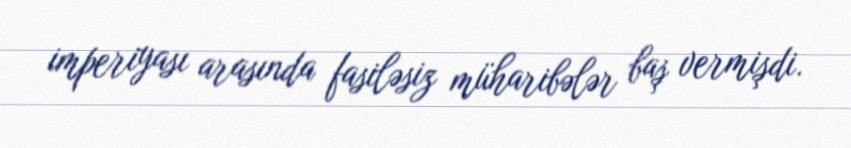
imperiyası arasında fasiləsiz müharibələr baş vermişdi.